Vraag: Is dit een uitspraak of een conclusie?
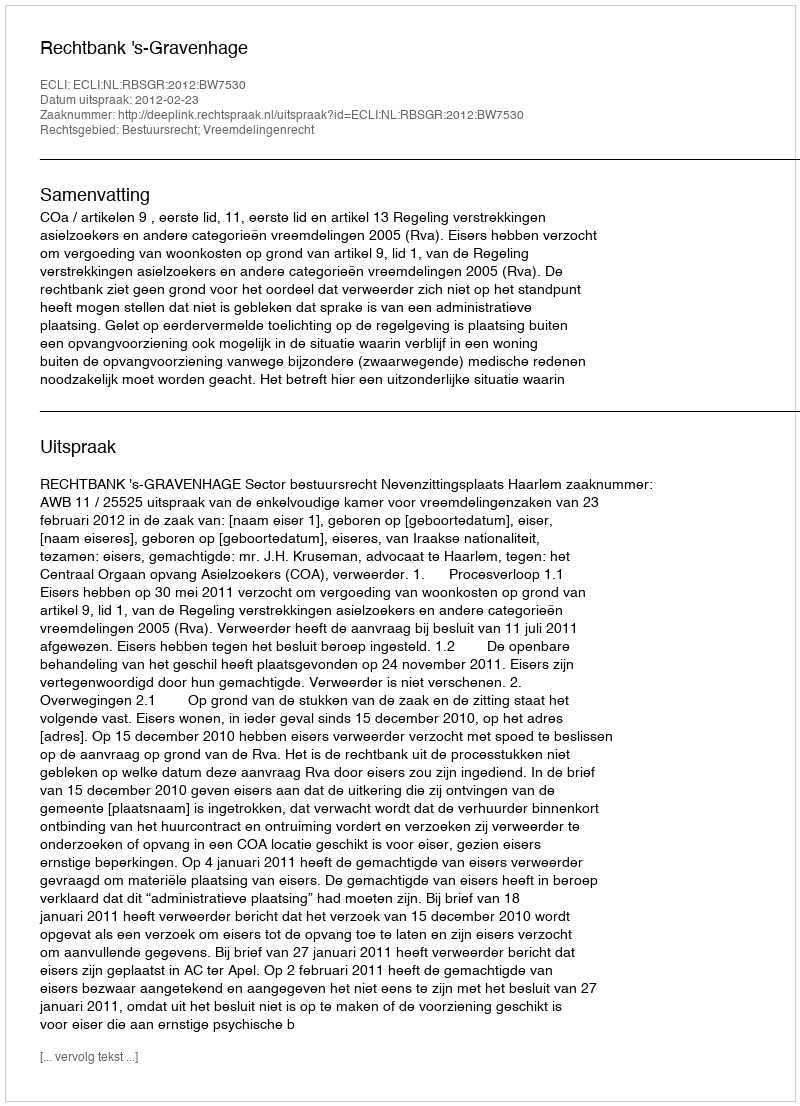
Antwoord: Uitspraak